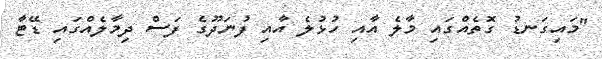
"މައިގަނޑު ގޮތެއްގައި މާލެ އާއި ހުޅުލެ އާއި ފުނަދޫގެ ފަސް ދިމާލެއްގައި ޑޭޓާ